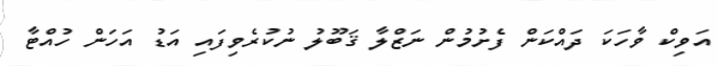
އަވިކް ވާހަކަ ދައްކަން ފެށުމުން ނަޒްލާ ޤަބޫލު ނުކުރެވިފައި އަޑު އަހަން ހުއްޓާ